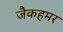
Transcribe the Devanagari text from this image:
जैकहमर